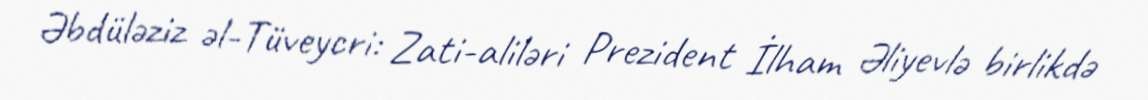
Əbdüləziz əl-Tüveycri: Zati-aliləri Prezident İlham Əliyevlə birlikdə